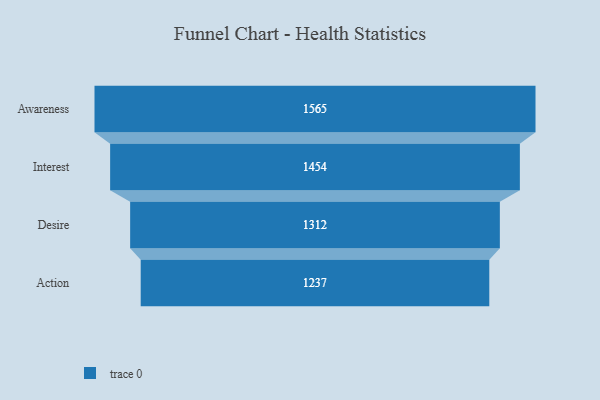
{"axis": {"x": "Stage", "y": "Value"}, "legend": [""], "data": [{"x": "Awareness", "y": 1565.0, "type": ""}, {"x": "Interest", "y": 1454.0, "type": ""}, {"x": "Desire", "y": 1312.0, "type": ""}, {"x": "Action", "y": 1237.0, "type": ""}]}